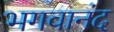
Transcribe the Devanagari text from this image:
भगवानंद